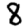
Digit: 8